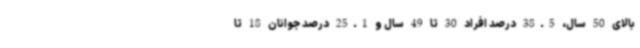
بالای 50 سال، 38.5 درصد افراد 30 تا 49 سال و 25.1 درصد جوانان 18 تا